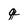
Character: q